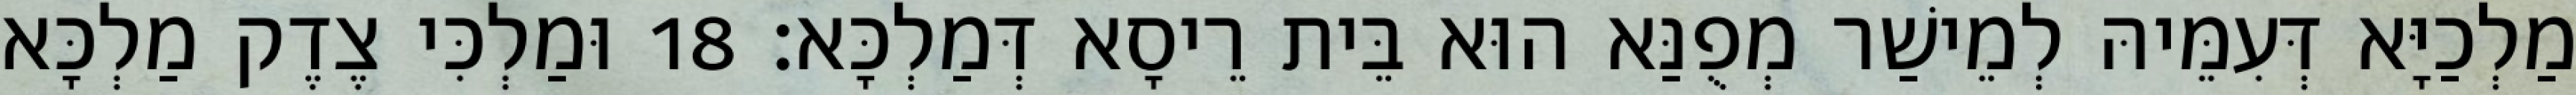
מַלְכַיָּא דְּעִמֵּיהּ לְמֵישַׁר מְפֻנַּא הוּא בֵּית רֵיסָא דְּמַלְכָּא׃ 18 וּמַלְכִּי צֶדֶק מַלְכָּא